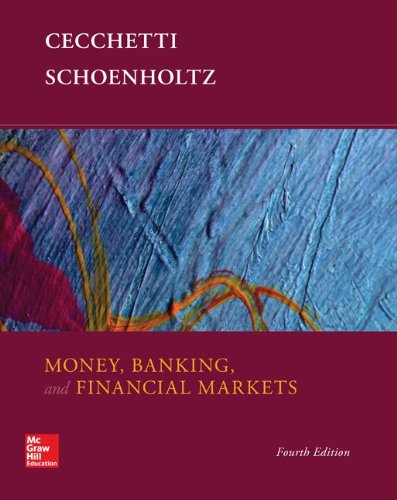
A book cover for Money, Banking and Financial Markets; Stephen Cecchetti; Business & Money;